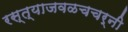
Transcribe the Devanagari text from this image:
रस्त्याजवळचचर्नी